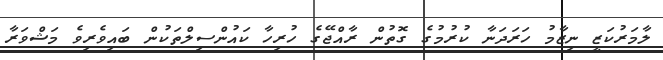
ލާމަރުކަޒީ ނިޒާމު ހަރަދަނާ ކުރުމުގެ ގޮތުން ރާއްޖޭގެ ހުރިހާ ކައުންސިލްތަކުން ބައިވެރިވެ މަޝްވަރާ